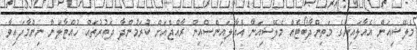
މެލޭޝިއަން އެއާލައިންގެ މަތިންދާބޯޓެއް މެލޭޝިއަން އެއާލައިންސްއިން ރާއްޖެއަށް ކުރަމުންދާ ދަތުރުތައް ހުއްޓާލަން ނިންމާފައިވާ